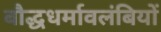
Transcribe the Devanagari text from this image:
बौद्धधर्मावलंबियों